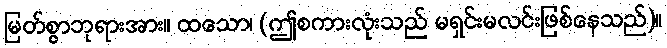
မြတ်စွာဘုရားအား။ ထသော၊ (ဤစကားလုံးသည် မရှင်းမလင်းဖြစ်နေသည်)။